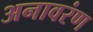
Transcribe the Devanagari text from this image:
अनावरंण